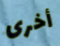
أخرى